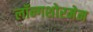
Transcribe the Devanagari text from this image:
लॉन्गशोरमेन